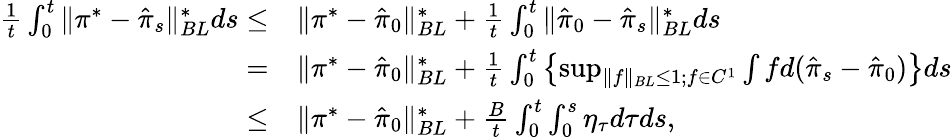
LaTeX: \begin{array}{rl}{\frac{1}{t}\int_{0}^{t}\| \pi^{*}-\hat{\pi}_{s}\| _{BL}^{*}ds\leq}&{\| \pi^{*}-\hat{\pi}_{0}\| _{BL}^{*}+\frac{1}{t}\int_{0}^{t}\| \hat{\pi}_{0}-\hat{\pi}_{s}\| _{BL}^{*}ds}\\ {=}&{\| \pi^{*}-\hat{\pi}_{0}\| _{BL}^{*}+\frac 1t\int_{0}^{t}\left\{ \operatorname*{sup}_{\| f\| _{BL}\leq 1;f\in C^{1}}\int fd(\hat{\pi}_{s}-\hat{\pi}_{0})\right\} ds}\\ {\leq}&{\| \pi^{*}-\hat{\pi}_{0}\| _{BL}^{*}+\frac{B}{t}\int_{0}^{t}\int_{0}^{s}\eta_{\tau}d\tau ds,}\end{array}